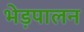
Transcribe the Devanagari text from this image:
भेड़पालन